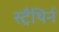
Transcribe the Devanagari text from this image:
स्ट्रैथिर्न